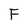
Character: F